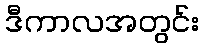
ဒီကာလအတွင်း